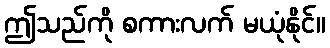
ဤသည်ကို စကားလက် မယုံနိုင်။